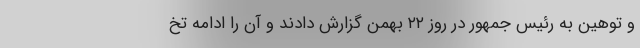
و توهین به رئیس جمهور در روز ۲۲ بهمن گزارش دادند و آن را ادامه تخ